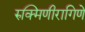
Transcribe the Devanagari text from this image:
रुक्मिणीरागिणे